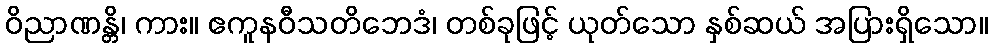
ဝိညာဏန္တိ၊ ကား။ ဧကူနဝီသတိဘေဒံ၊ တစ်ခုဖြင့် ယုတ်သော နှစ်ဆယ် အပြားရှိသော။